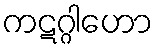
ကဋဂ္ဂါဟော